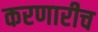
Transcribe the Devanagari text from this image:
करणारीच